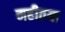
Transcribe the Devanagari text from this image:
महीतया